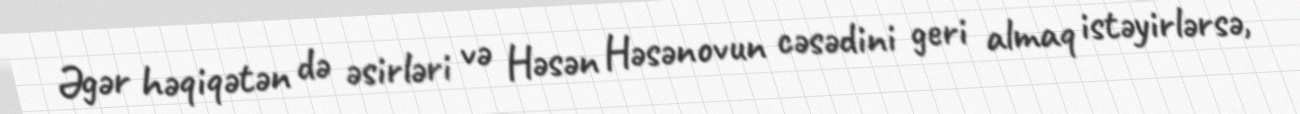
Əgər həqiqətən də əsirləri və Həsən Həsənovun cəsədini geri almaq istəyirlərsə,